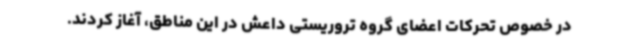
در خصوص تحرکات اعضای گروه تروریستی داعش در این مناطق، آغاز کردند.